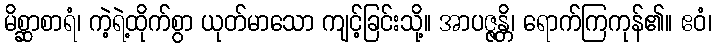
မိစ္ဆာစာရံ၊ ကဲ့ရဲ့ထိုက်စွာ ယုတ်မာသော ကျင့်ခြင်းသို့။ အာပဇ္ဇန္တိ၊ ရောက်ကြကုန်၏။ ဧဝံ၊